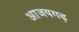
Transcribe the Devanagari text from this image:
आजयगढ़